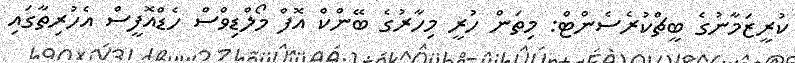
ކުރީޒަމާނުގެ ބީޗްކުރެސެންޓް: މިތަން ހުރީ މިހާރުގެ ބޭންކް އޮފް މޯލްޑިވްސް ހެޑްއޮފީސް އެހުރިތާގައި